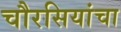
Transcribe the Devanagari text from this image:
चौरसियांचा